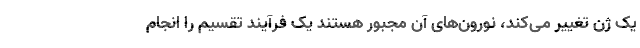
یک ژن تغییر می‌کند، نورون‌های آن مجبور هستند یک فرآیند تقسیم را انجام